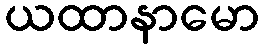
ယထာနာမော